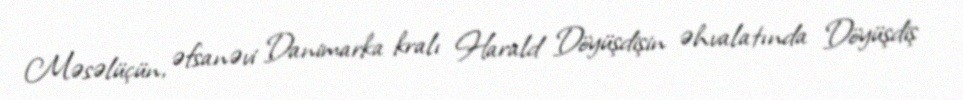
Məsəlüçün, əfsanəvi Danimarka kralı Harald Döyüşdişin əhvalatında Döyüşdiş